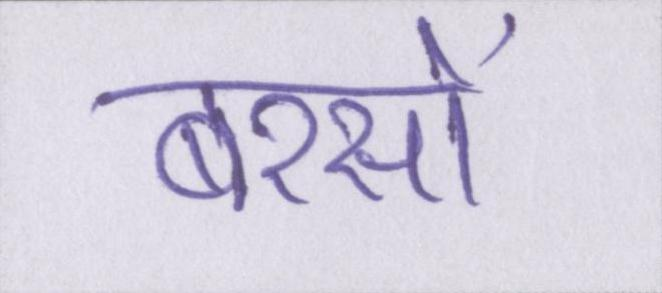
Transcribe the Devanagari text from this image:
बरसों